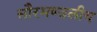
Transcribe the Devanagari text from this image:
सौरमण्डलीय